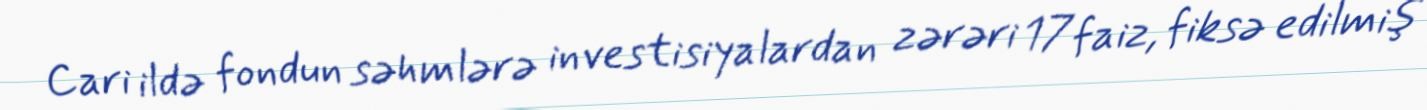
Cari ildə fondun səhmlərə investisiyalardan zərəri 17 faiz, fiksə edilmiş